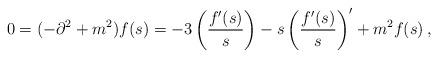
LaTeX: \begin{align*}0 = (-\partial^2 + m^2)f(s) =-3 \left( f'(s)\over s\right)- s \left( f'(s)\over s\right)' + m^2 f(s)\,,\end{align*}